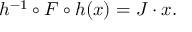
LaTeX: h ^ { - 1 } \circ F \circ h ( x ) = J \cdot x .